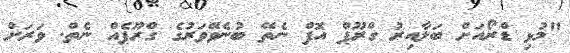
"މުޅި ޑްރޯއަށް ބަލާއިރު ގްރޫޕް އޮފް ނެތޭ ބުނެވޭވަރުގެ ގްރޫޕެއް ނެތް. ވަރަށް